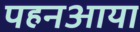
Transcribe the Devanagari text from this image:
पहनआया